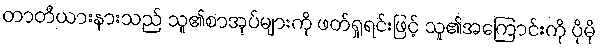
တာတီယားနားသည် သူ၏စာအုပ်များကို ဖတ်ရှုရင်းဖြင့် သူ၏အကြောင်းကို ပိုမို